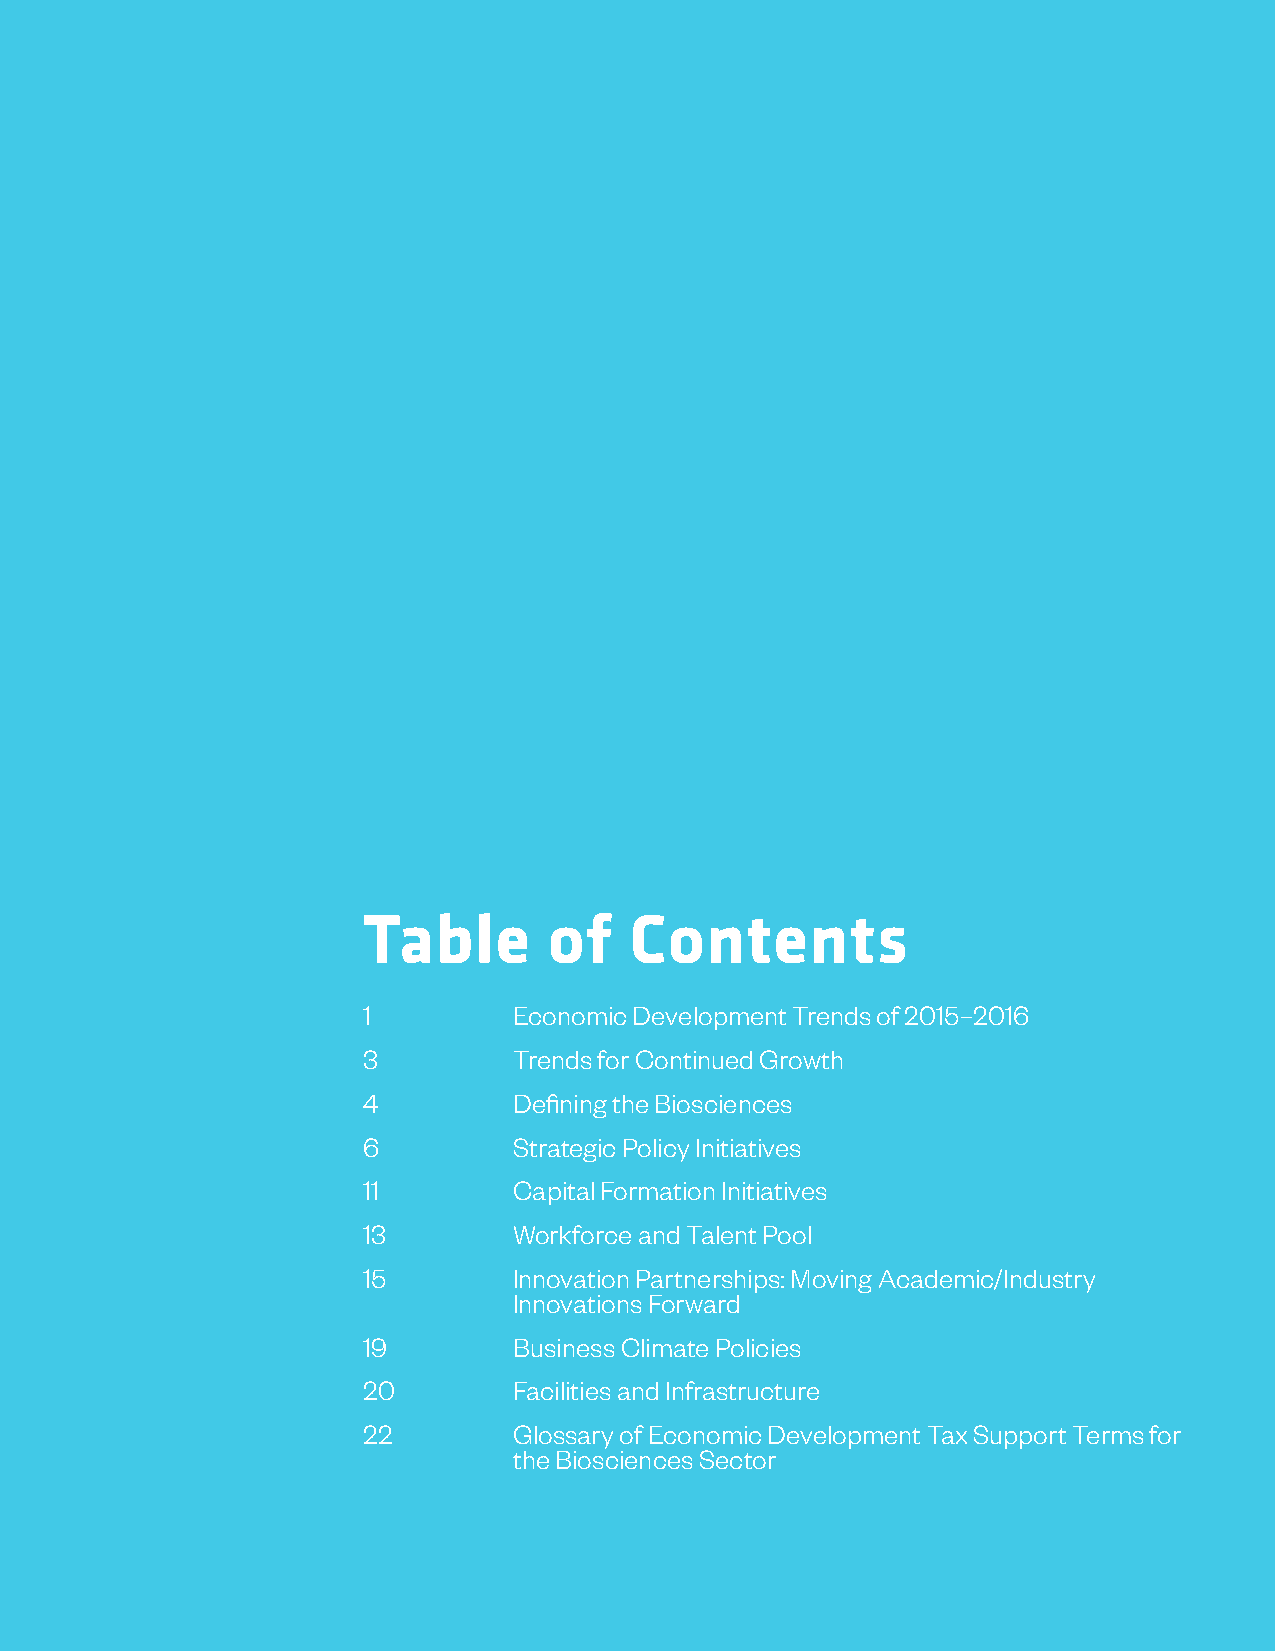
Table       of    Contents
 1         Economic Development Trends of 2015–2016
 3         Trends for Continued Growth
 4         Defining the Biosciences
 6         Strategic Policy Initiatives
 11        Capital Formation Initiatives
 13        Workforce and Talent Pool
 15        Innovation Partnerships: Moving Academic/Industry
 Innovations Forward
 19        Business Climate Policies
 20        Facilities and Infrastructure
 22        Glossary of Economic Development Tax Support Terms for
 the Biosciences Sector
 2    Bioscience Economic Development In The States: Legislation And Job Creation Best Practices